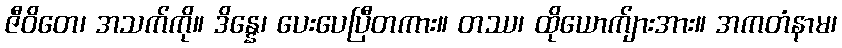
ဇီဝိတေ၊ အသက်ကို။ ဒိန္နေ၊ ပေးပေပြီတကား။ တဿ၊ ထိုယောက်ျားအား။ အကတံနာမ၊